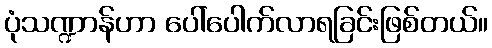
ပုံသဏ္ဍာန်ဟာ ပေါ်ပေါက်လာရခြင်းဖြစ်တယ်။